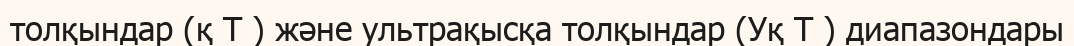
толқындар (қ Т ) және ультрақысқа толқындар (Уқ Т ) диапазондары